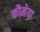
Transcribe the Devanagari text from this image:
कौमेया